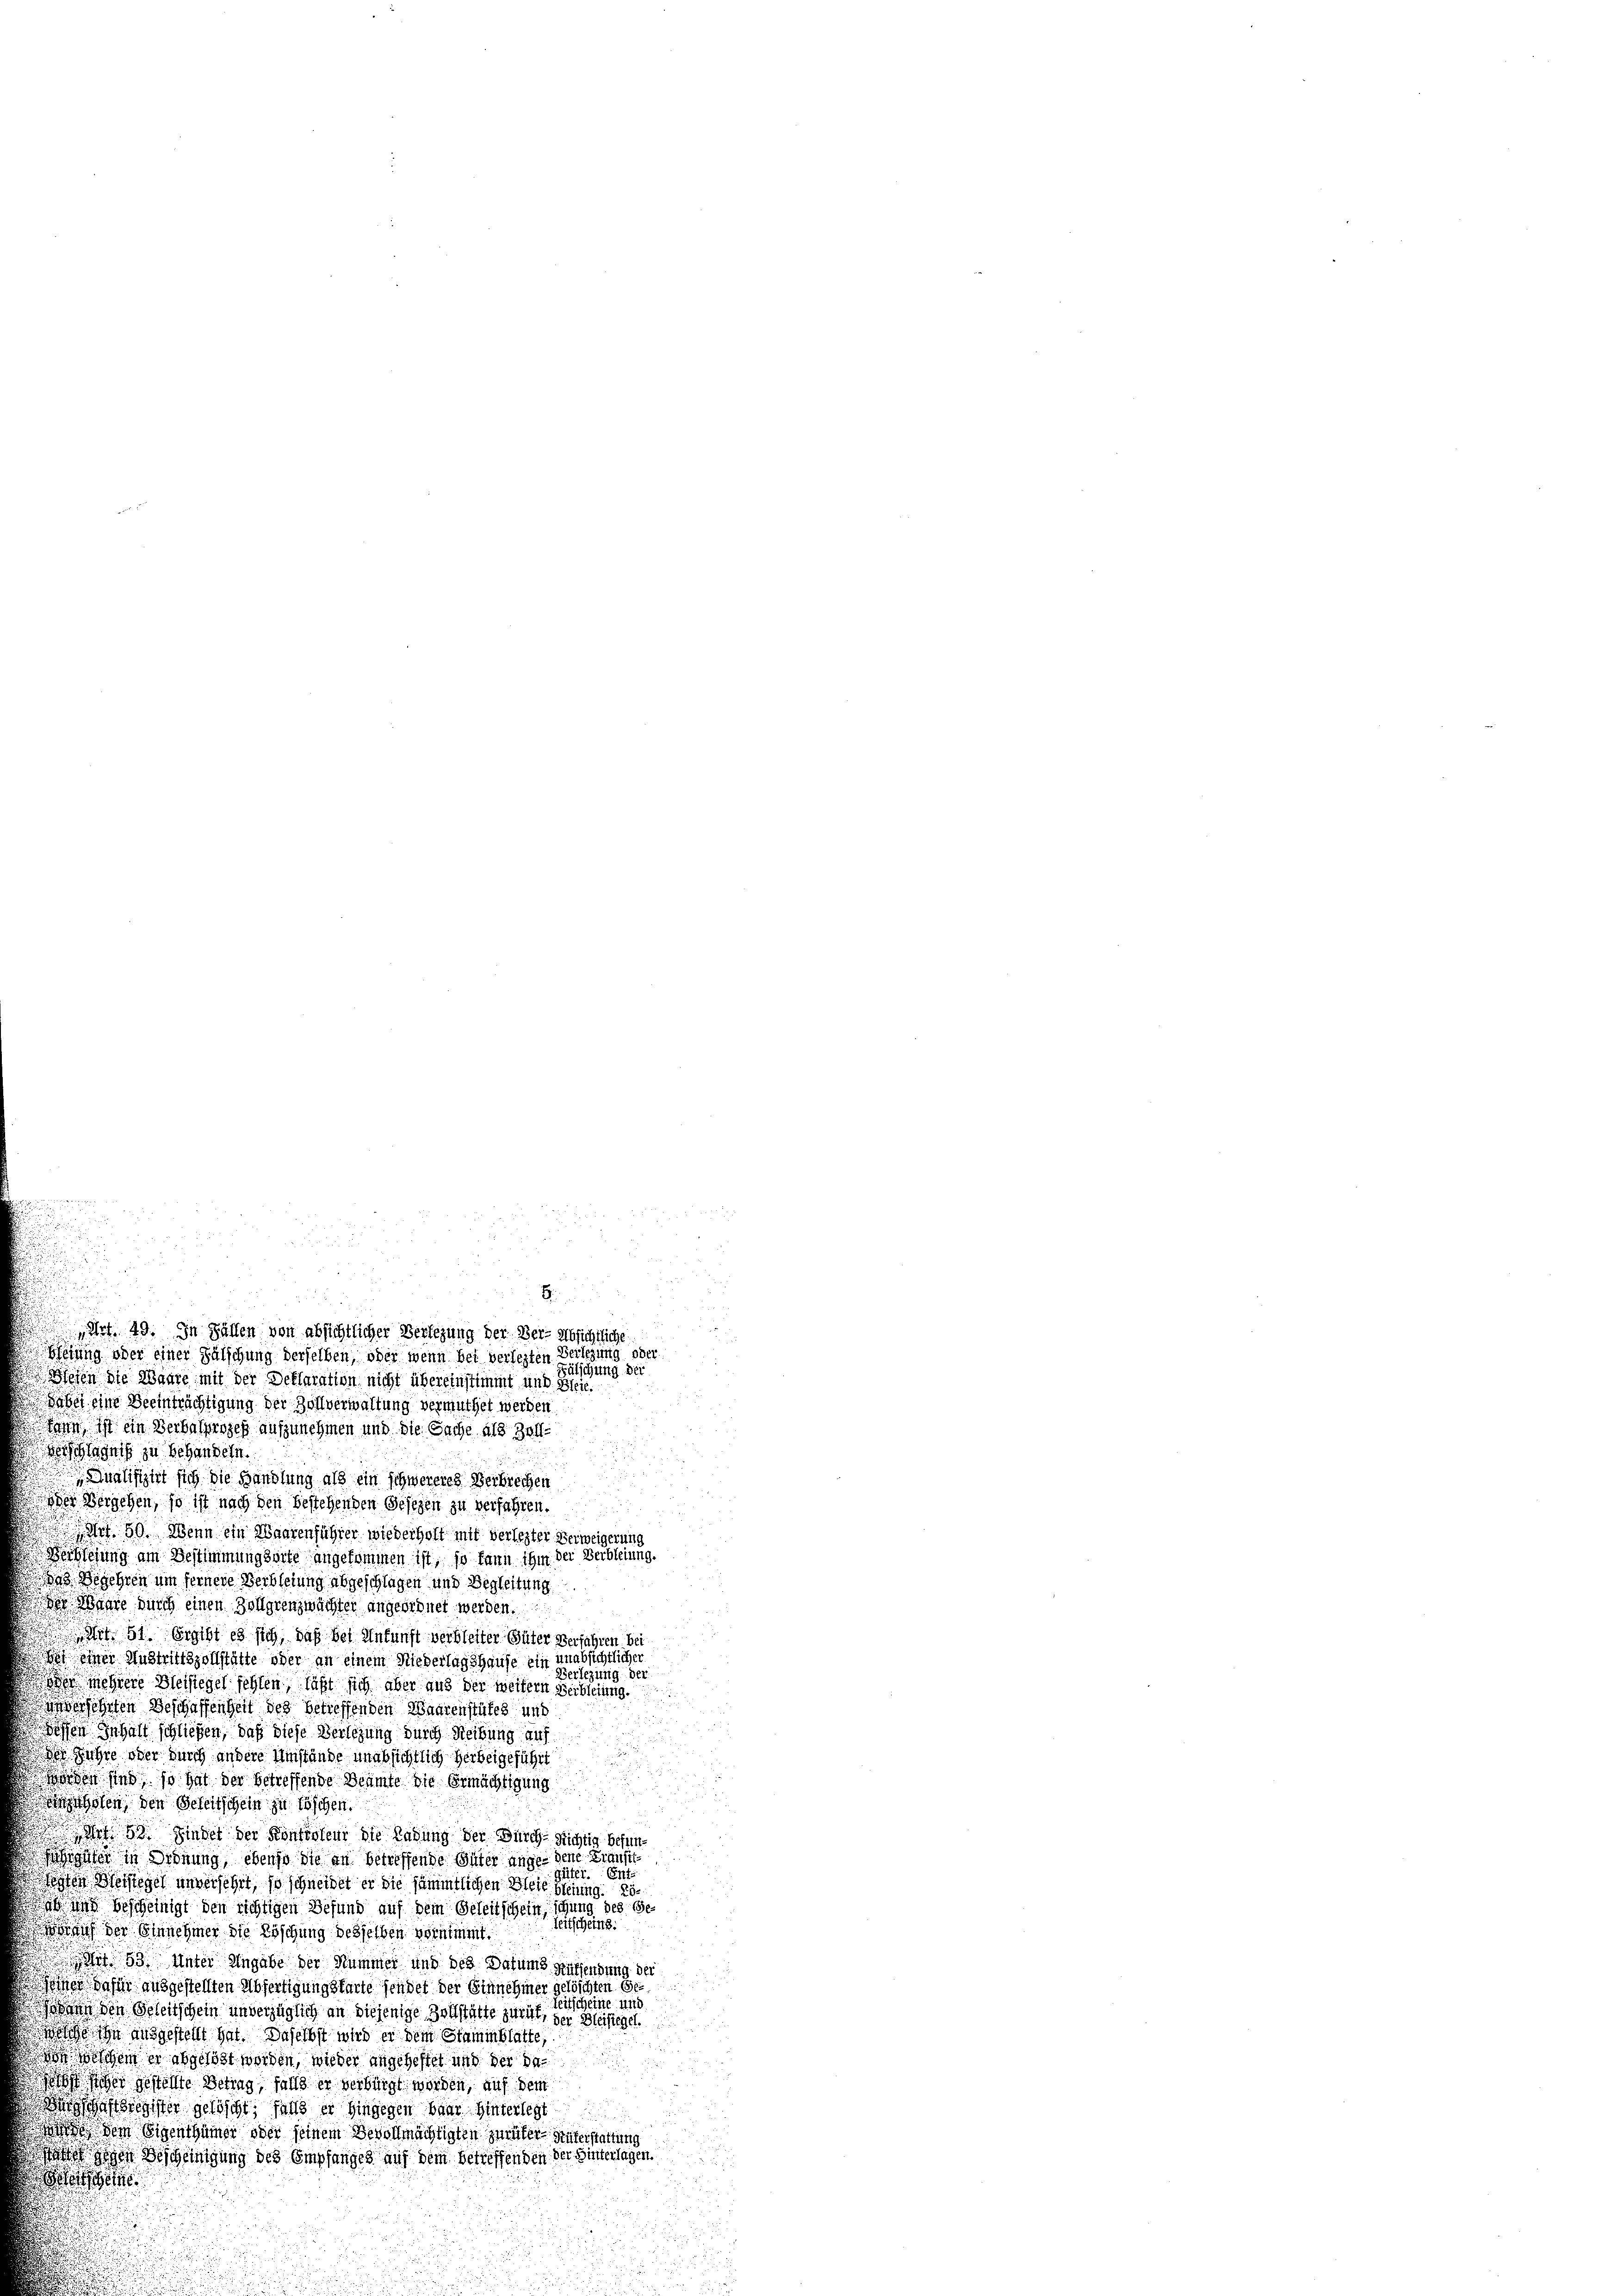
Dabei eine Beeinträchtigung der Zollverwaltung vermuthet werden,
sam ist ein Verbahnges aufzunehmen und die Sache als Zoll-
schlagnis zu behandeln.
 Qualifizirt sich die Handlung als ein schwereres Verbrechen
oder Vergehen, so ist nach den bestehenden Gesezen zu verfahren.
 Art. 50. Wenn ein Waarenführer wiederholt mit verlegter Verweigerung
öchterung am Bestimmungsarte angekommen ist, so kann ihm der Verbleiung.
as Begehren um fernere Verbleiung abgeschlagen und Begleitung
Der Waare durch einen Zollgrenzwächter angeordnet werden.
i 31. ergibt es sich, daß bei Ankunft verbleiten Güter Verfahren bei
bei einer Austrittszollstätte oder an einem Niederlagshause ein unabsichtlicher
Verlegung der
en mehrere Blesiegel fehlen, läßt sich aber aus der weitern Weibseiung.
eehrten Beschaffenheit des betreffenden Waarenstutes und
dossen Inhalt schließen, daß diese Verlegung durch Reibung auf
der Jahre oder durch andere Umstände unabsichtlich herbeigeführt
d
worden sind, so hat der betreffende Beamte die Ermächtigung

agsten den Geheitschein zu faschen.
 88. Finder der Kontroleur die Ladung der Durch Richtig befuniguter in Ordnung, ebenso die an betreffende Güter angen dene Fransit
Güter. Ents
ten Weistiges unversehet, so schneidet er die sämmtlichen Miete bleiung. 25
b und bescheinigt den richtigen Befund auf dem Geleitschein, schung des Ge
seitscheins.
unf der Einnehmer die Erschung desselben vornimmt
t 53. Unter Angabe der Nummer und des Datums aussendung der
omnes dafür ausgestellten Abfertigungsfarte sendet der Einnehmer gelöschten Geitscheine und
ann den Geleitschein unverzüglich an diejenige Zollstatte zurück, der Bleistegel.
 ausgestellt hat. Daselbst wird er dem Stammblätte,

em er abgelöst worden, wieder angeheftet und der da

gesicher gestellte Betrag, falls er verbirgt worden, auf dem
tregister gelöscht, falls er hingegen baar Hinterlegt
de dem Eigenthümer oder seinem Bevollmächtigten zurücker Hüterstattung
att gehen Bescheinigung des Empfanges auf dem betreffenden der Hinterlagen,
Betsche

B

Art. 49. In Fällen von absichtlicher Verlegung der Ver- Absichtliche
ferung oder einer Fälschung derselben, oder wenn bei verlegten Verlegung oder
Fälschung der
Wesen die Waare mit der Declaration nicht übereinstimmt und Steie